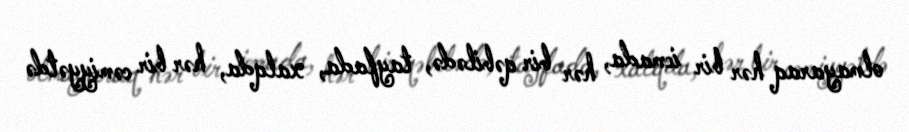
olmayaraq hər bir icmada, hər bir qəbilədə, tayfada, xalqda, hər bir cəmiyyətdə